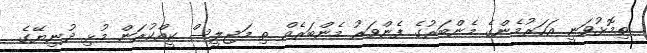
ތިމޮޅުވަނީ އަހަރުމެންގެ މެންބަރުގެ ފެންވަރު މެންބަރެއް ތި މަޖިލީސް ކީއްކުރަން މުޅި ދުނިޔޭގެ